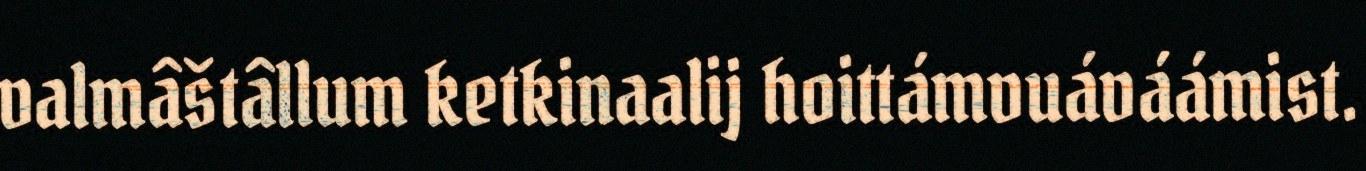
valmâštâllum ketkinaalij hoittámvuáváámist.